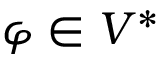
\varphi \in V ^ { * }